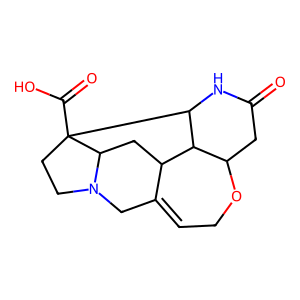
SMILES: O=C1CC2OCC=C3CN4CCC5(C(=O)O)C(N1)C2C3CC45
Inhibits HIV replication: No